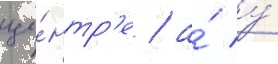
це́нтр'е / а́ у́